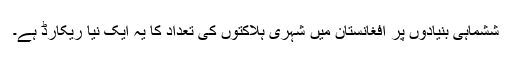
ششماہی بنیادوں پر افغانستان میں شہری ہلاکتوں کی تعداد کا یہ ایک نیا ریکارڈ ہے۔